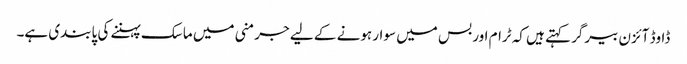
ڈاوڈ آئزن بیرگر کہتے ہیں کہ ٹرام اور بس میں سوار ہونے کے لیے جرمنی میں ماسک پہننے کی پابندی ہے۔